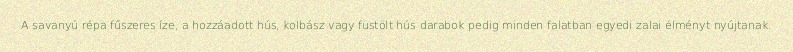
A savanyú répa fűszeres íze, a hozzáadott hús, kolbász vagy füstölt hús darabok pedig minden falatban egyedi zalai élményt nyújtanak.